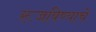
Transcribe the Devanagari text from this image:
रूजविण्याचे